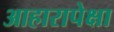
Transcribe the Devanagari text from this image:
आहारापेक्षा